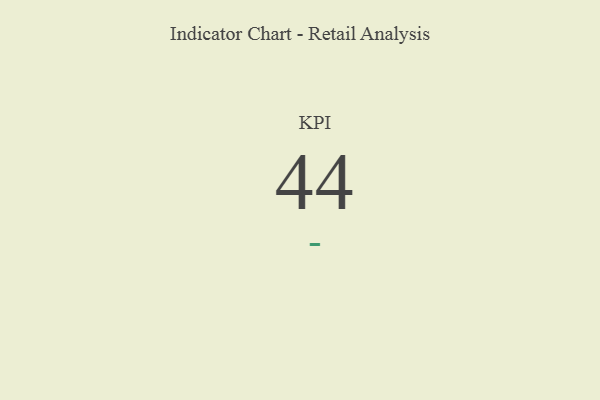
{"axis": {"x": "KPI", "y": "Value"}, "legend": [""], "data": [{"x": "KPI", "y": 44, "type": ""}]}